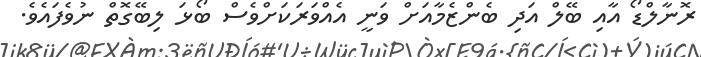
ރޮނާލްޑޯ އާއި ބޭލް އަދި ބެންޒެމާއަށް ވަނީ އެއްވަރަކަށްވެސް ބޯޅަ ލިބޭގޮތް ނުވެފައެވެ.